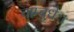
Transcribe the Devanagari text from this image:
चाम्बुधेः।